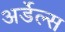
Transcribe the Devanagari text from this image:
अर्डेल्स